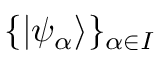
\{ \vert \psi _ { \alpha } \rangle \} _ { \alpha \in I }